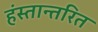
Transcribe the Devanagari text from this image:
हंस्तान्तरित